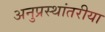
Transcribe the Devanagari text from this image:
अनुप्रस्थांतरीया